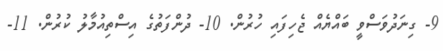
9- ގިނަދުވަސްވީ ބައްޔެއް ޖެހިފައި ހުރުން. 10- ދުންފަތުގެ އިސްތިއުމާލު ކުރުން. 11-